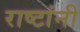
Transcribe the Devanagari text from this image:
राष्टांनी